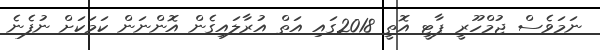
ނަމަވެސް ޖުމްހޫރީ ޕާޓީ އޮތީ 2018ގައި އަތް އުރާލައިގެން އޮންނަން ކަމަކަށް ނުފެނެ